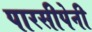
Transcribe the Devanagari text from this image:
पारसीपेनी